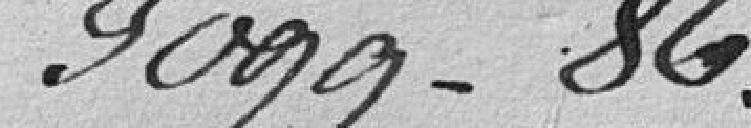
9099-86